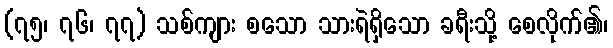
(၇၅၊ ၇၆၊ ၇၇) သစ်ကျား စသော သားရဲရှိသော ခရီးသို့ စေလိုက်၏၊